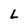
Character: L